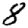
Digit: 8